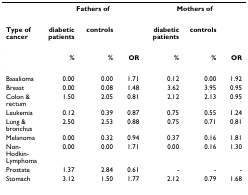
<table><thead><tr><td></td><td colspan="3"><b>Fathers of</b></td><td colspan="3"><b>Mothers of</b></td></tr></thead><tbody><tr><td><b>Type of cancer</b></td><td><b>diabetic patients</b></td><td><b>controls</b></td><td></td><td><b>diabetic patients</b></td><td><b>controls</b></td><td></td></tr><tr><td></td><td><b>%</b></td><td><b>%</b></td><td><b>OR</b></td><td><b>%</b></td><td><b>%</b></td><td><b>OR</b></td></tr><tr><td>Basalioma</td><td>0.00</td><td>0.00</td><td>1.71</td><td>0.12</td><td>0.00</td><td>1.92</td></tr><tr><td>Breast</td><td>0.00</td><td>0.08</td><td>1.48</td><td>3.62</td><td>3.95</td><td>0.95</td></tr><tr><td>Colon &amp; rectum</td><td>1.50</td><td>2.05</td><td>0.81</td><td>2.12</td><td>2.13</td><td>0.95</td></tr><tr><td>Leukemia</td><td>0.12</td><td>0.39</td><td>0.87</td><td>0.75</td><td>0.55</td><td>1.24</td></tr><tr><td>Lung &amp; bronchus</td><td>2.50</td><td>2.53</td><td>0.88</td><td>0.75</td><td>0.71</td><td>0.81</td></tr><tr><td>Melanoma</td><td>0.00</td><td>0.32</td><td>0.94</td><td>0.37</td><td>0.16</td><td>1.81</td></tr><tr><td>Non-Hodkin-Lymphoma</td><td>0.00</td><td>0.00</td><td>1.71</td><td>0.00</td><td>0.16</td><td>1.30</td></tr><tr><td>Prostate</td><td>1.37</td><td>2.84</td><td>0.61</td><td>-</td><td>-</td><td>-</td></tr><tr><td>Stomach</td><td>3.12</td><td>1.50</td><td>1.77</td><td>2.12</td><td>0.79</td><td>1.68</td></tr></tbody></table>